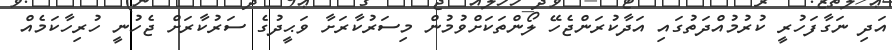
އަދި ނަގާފަހުރީ ކުރުމުއްދަތުގައި އަދާކުރަންޖެހޭ ލޯންތަކަށްވުމުން މިސަރުކާރަށާ ވަޙީދުގެ ސަރުކާރަށް ޖެހުނީ ހުރިހާކަމެއް